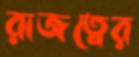
রাজত্বের